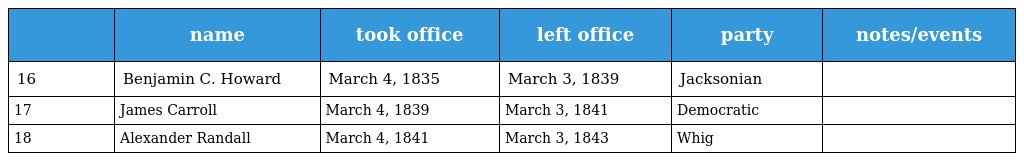
|  | name | took office | left office | party | notes/events |
 | --- | --- | --- | --- | --- | --- |
 | 16 | Benjamin C. Howard | March 4, 1835 | March 3, 1839 | Jacksonian |  |
 | 17 | James Carroll | March 4, 1839 | March 3, 1841 | Democratic |  |
 | 18 | Alexander Randall | March 4, 1841 | March 3, 1843 | Whig |  |